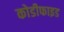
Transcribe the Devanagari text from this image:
कोडीफाइड